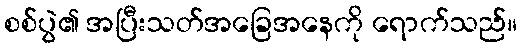
စစ်ပွဲ၏ အပြီးသတ်အခြေအနေကို ရောက်သည်။